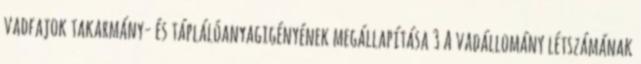
vadfajok takarmány- és táplálóanyagigényének megállapítása 3 A vadállomány létszámának